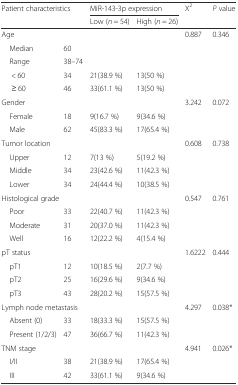
<table><thead><tr><td rowspan="2" colspan="2"><b>Patient characteristics</b></td><td colspan="2"><b>MiR-143-3p expression</b></td><td rowspan="2"><b>X<sup>2</sup></b></td><td rowspan="2"><b><i>P</i> value</b></td></tr><tr><td><b>Low (<i>n</i> = 54)</b></td><td><b>High (<i>n</i> = 26)</b></td></tr></thead><tbody><tr><td colspan="2">Age</td><td></td><td></td><td>0.887</td><td>0.346</td></tr><tr><td> Median</td><td>60</td><td></td><td></td><td></td><td></td></tr><tr><td> Range</td><td>38–74</td><td></td><td></td><td></td><td></td></tr><tr><td>&lt; 60</td><td>34</td><td>21(38.9 %)</td><td>13(50 %)</td><td></td><td></td></tr><tr><td>≥ 60</td><td>46</td><td>33(61.1 %)</td><td>13(50 %)</td><td></td><td></td></tr><tr><td colspan="2">Gender</td><td></td><td></td><td>3.242</td><td>0.072</td></tr><tr><td> Female</td><td>18</td><td>9(16.7 %)</td><td>9(34.6 %)</td><td></td><td></td></tr><tr><td> Male</td><td>62</td><td>45(83.3 %)</td><td>17(65.4 %)</td><td></td><td></td></tr><tr><td colspan="2">Tumor location</td><td></td><td></td><td>0.608</td><td>0.738</td></tr><tr><td> Upper</td><td>12</td><td>7(13 %)</td><td>5(19.2 %)</td><td></td><td></td></tr><tr><td> Middle</td><td>34</td><td>23(42.6 %)</td><td>11(42.3 %)</td><td></td><td></td></tr><tr><td> Lower</td><td>34</td><td>24(44.4 %)</td><td>10(38.5 %)</td><td></td><td></td></tr><tr><td colspan="2">Histological grade</td><td></td><td></td><td>0.547</td><td>0.761</td></tr><tr><td> Poor</td><td>33</td><td>22(40.7 %)</td><td>11(42.3 %)</td><td></td><td></td></tr><tr><td> Moderate</td><td>31</td><td>20(37.0 %)</td><td>11(42.3 %)</td><td></td><td></td></tr><tr><td> Well</td><td>16</td><td>12(22.2 %)</td><td>4(15.4 %)</td><td></td><td></td></tr><tr><td colspan="2">pT status</td><td></td><td></td><td>1.6222</td><td>0.444</td></tr><tr><td> pT1</td><td>12</td><td>10(18.5 %)</td><td>2(7.7 %)</td><td></td><td></td></tr><tr><td> pT2</td><td>25</td><td>16(29.6 %)</td><td>9(34.6 %)</td><td></td><td></td></tr><tr><td> pT3</td><td>43</td><td>28(20.2 %)</td><td>15(57.5 %)</td><td></td><td></td></tr><tr><td colspan="2">Lymph node metastasis</td><td></td><td></td><td>4.297</td><td>0.038*</td></tr><tr><td> Absent (0)</td><td>33</td><td>18(33.3 %)</td><td>15(57.5 %)</td><td></td><td></td></tr><tr><td> Present (1/2/3)</td><td>47</td><td>36(66.7 %)</td><td>11(42.3 %)</td><td></td><td></td></tr><tr><td colspan="2">TNM stage</td><td></td><td></td><td>4.941</td><td>0.026*</td></tr><tr><td> I/II</td><td>38</td><td>21(38.9 %)</td><td>17(65.4 %)</td><td></td><td></td></tr><tr><td> III</td><td>42</td><td>33(61.1 %)</td><td>9(34.6 %)</td><td></td><td></td></tr></tbody></table>